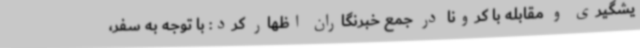
یشگیری و مقابله با کرونا در جمع خبرنگاران اظهار کرد: با توجه به سفر،